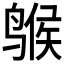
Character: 𫛺